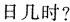
日几时?